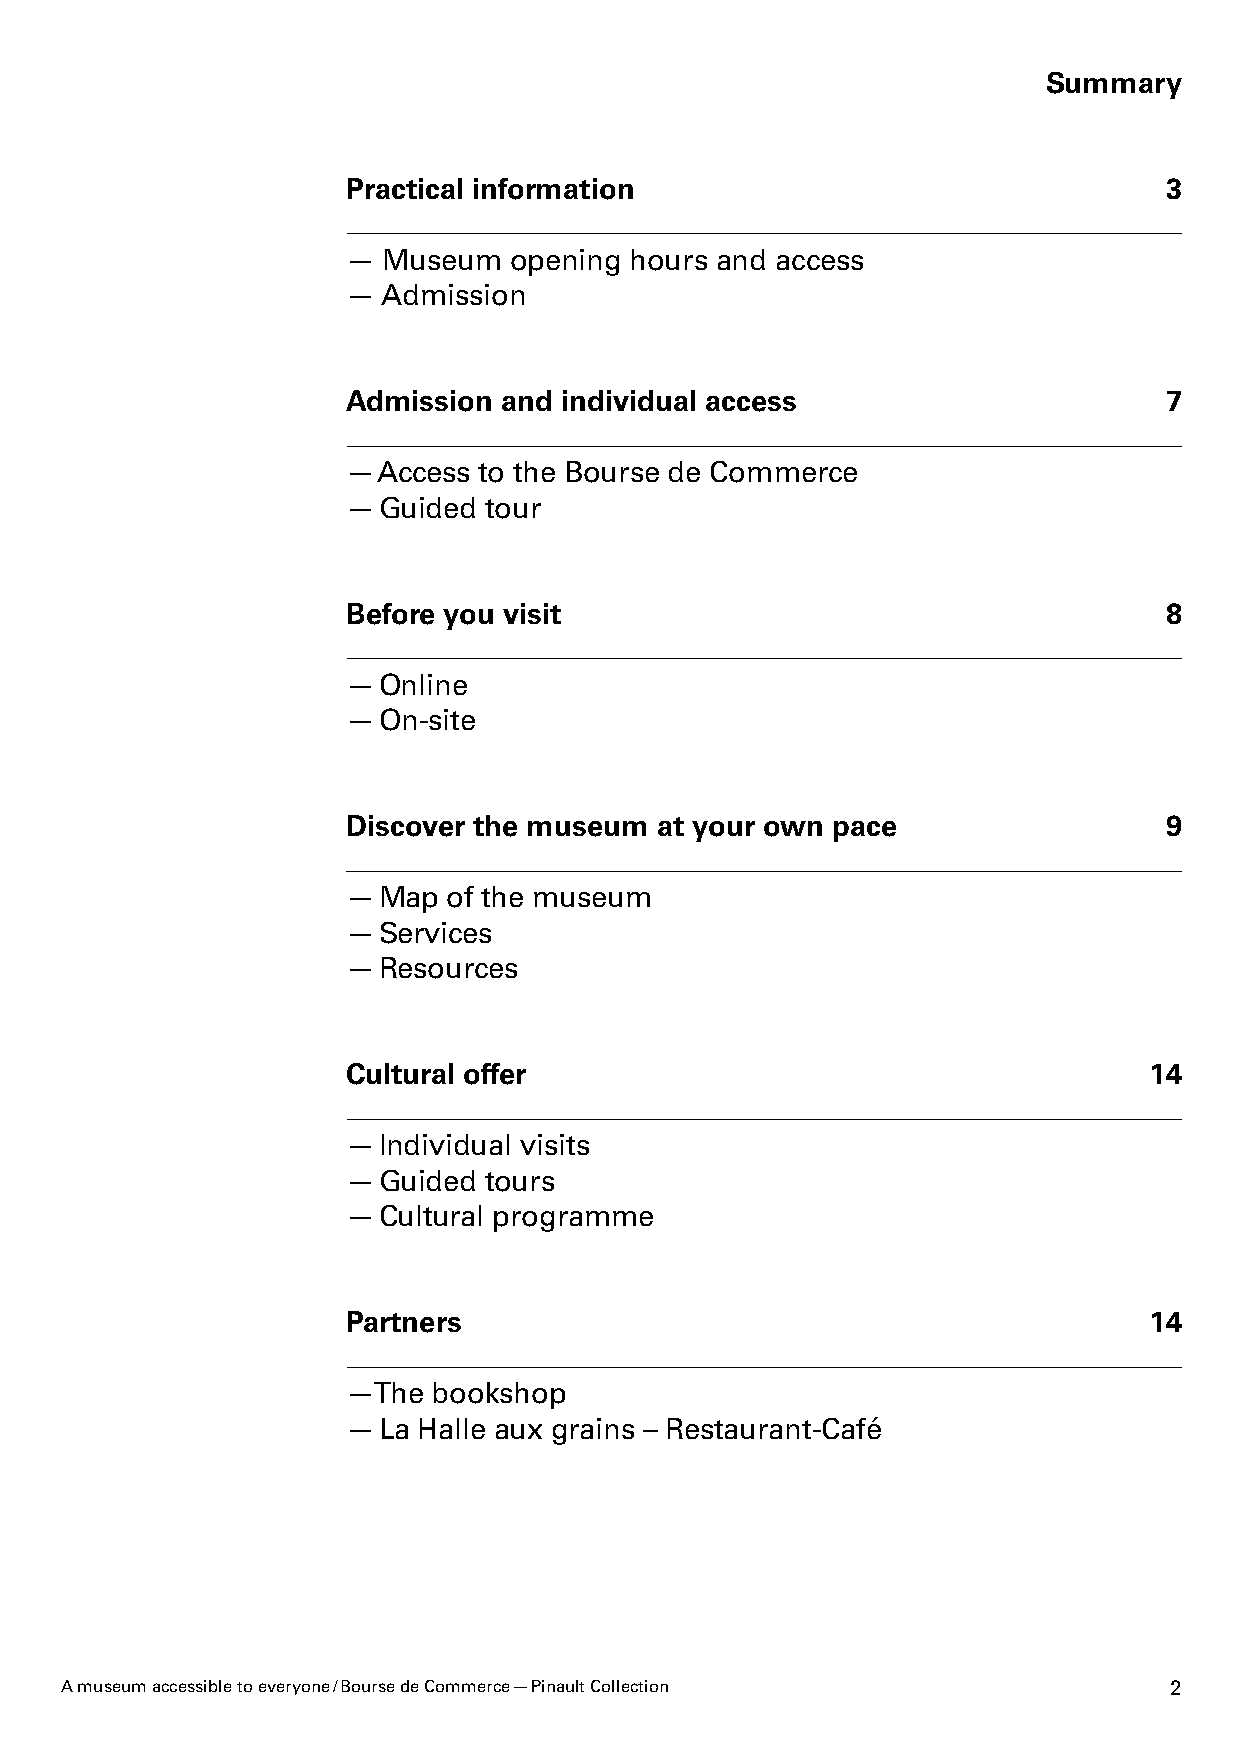
Summary
 Practical information                                 3
 — Museum   opening hours and access
 — Admission
 Admission and individual access                       7
 — Access to the Bourse de Commerce
 — Guided tour
 Before you visit                                      8
 — Online
 — On-site
 Discover the museum at your own pace                  9
 — Map  of the museum
 — Services
 — Resources
 Cultural offer                                       14
 — Individual visits
 — Guided tours
 — Cultural programme
 Partners                                             14
 —T he bookshop
 — La Halle aux grains – Restaurant-Café
 A museum accessible to everyone / Bourse de Commerce — Pinault Collection 2